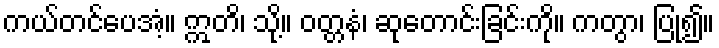
ကယ်တင်ပေအံ့။ ဣတိ၊ သို့။ ဝတ္တနံ၊ ဆုတောင်းခြင်းကို။ ကတွာ၊ ပြု၍။